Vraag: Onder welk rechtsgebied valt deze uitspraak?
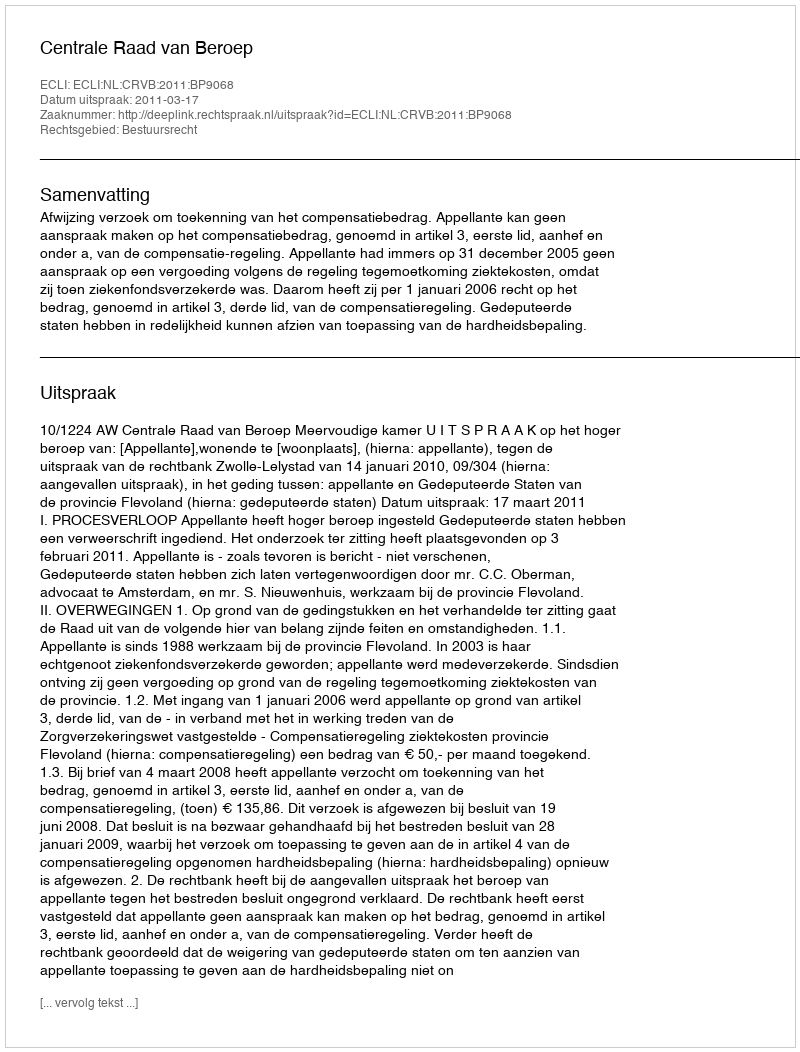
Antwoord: Bestuursrecht